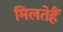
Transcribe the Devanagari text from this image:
मिलतेहैं